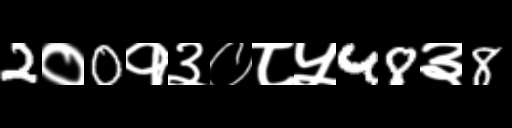
Text: 2०0१३०८५48३8